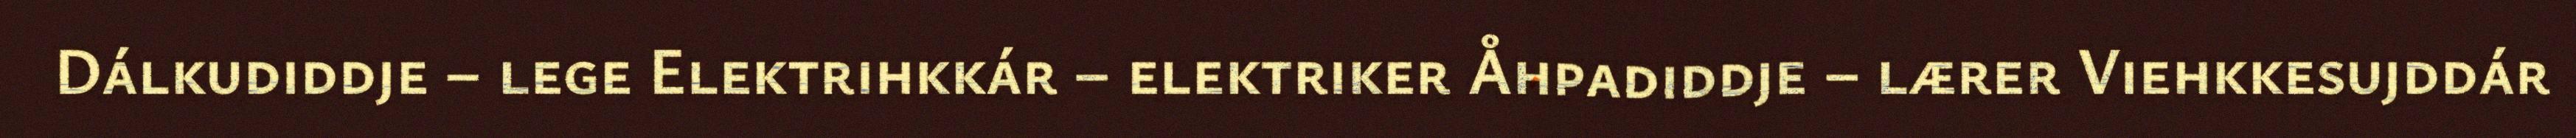
Dálkudiddje – lege Elektrihkkár – elektriker Åhpadiddje – lærer Viehkkesujddár